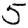
Digit: 5